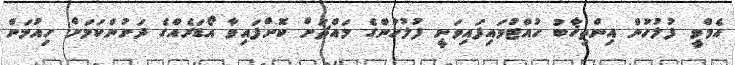
އެމްވީ ފުލުހުން އިންތިޚާބު ހުއްޓުވައިފައިވަނީ ފުލުހުންގެ މައްޗަށް ކޮށްފައިވާ އޯޑަރެއްގެ ދަށުންކަމަށް ހިއުމަން